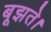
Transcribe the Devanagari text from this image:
बूझते।